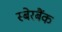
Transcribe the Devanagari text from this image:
स्बेरबैंक